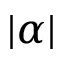
| \alpha |